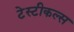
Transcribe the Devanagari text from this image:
टेस्टीकल्स